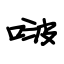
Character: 啵